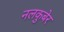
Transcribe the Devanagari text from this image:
नलकुबेर